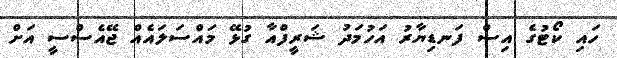
ހައި ކޯޓުގެ އިސް ފަނޑިޔާރު އަހުމަދު ޝަރީފްއާ ގުޅޭ މައްސަލައެއް ޖޭއެސްސީ އަށް